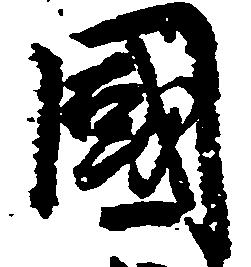
国